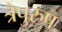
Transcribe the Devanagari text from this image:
त्रैपुरुष